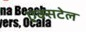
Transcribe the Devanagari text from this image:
एक्सटेल